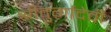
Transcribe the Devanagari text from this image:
श्रीदुर्गादेवी